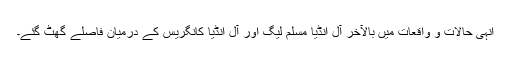
انہی حالات و واقعات میں بالآخر آل انڈیا مسلم لیگ اور آل انڈیا کانگریس کے درمیان فاصلے گھٹ گئے۔